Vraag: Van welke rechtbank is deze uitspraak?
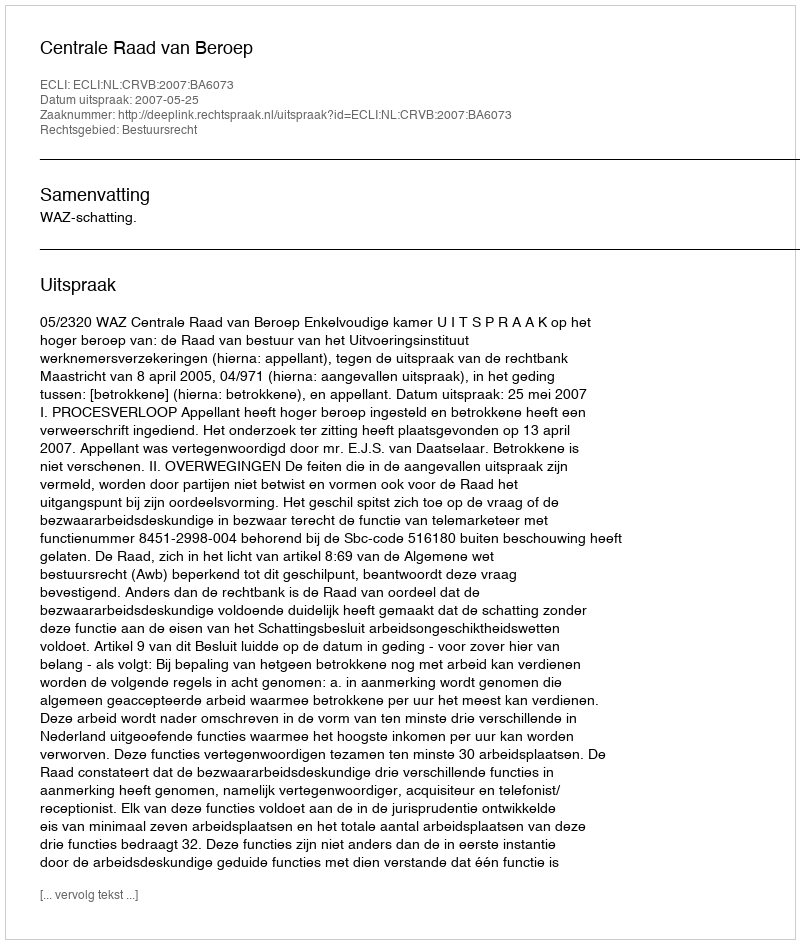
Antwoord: Centrale Raad van Beroep